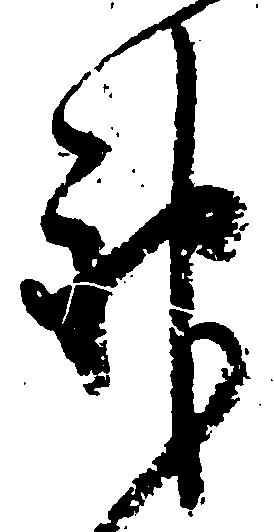
神